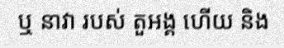
ឬ នាវា របស់ តួអង្គ ហើយ និង